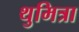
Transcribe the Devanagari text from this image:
थुमित्रा